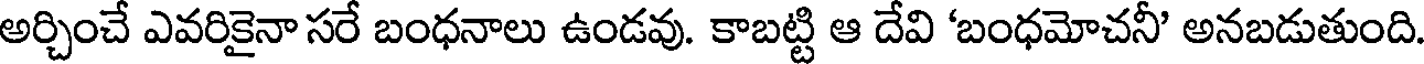
అర్చించే ఎవరికైనా సరే బంధనాలు ఉండవు. కాబట్టి ఆ దేవి 'బంధమోచనీ' అనబడుతుంది